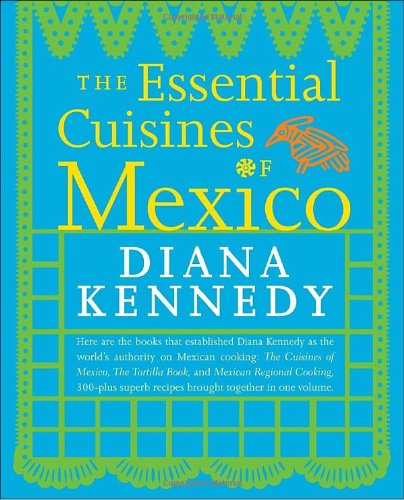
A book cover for The Essential Cuisines of Mexico; Diana Kennedy; Cookbooks, Food & Wine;